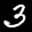
Label: 3